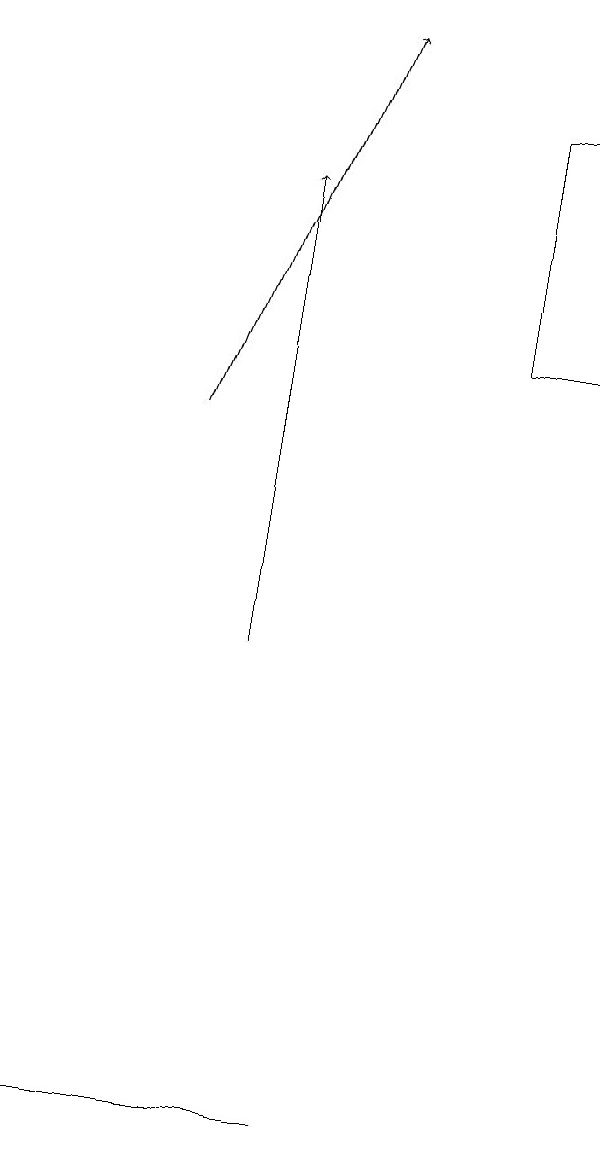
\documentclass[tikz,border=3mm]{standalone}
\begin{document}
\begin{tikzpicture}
\draw (8,18) rectangle (9,15);
\draw (6,5) -- (6,5) -- (2,5) -- cycle;
\draw[->] (4,14) -- (6,19);
\draw[->] (5,11) -- (5,17);
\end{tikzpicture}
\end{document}